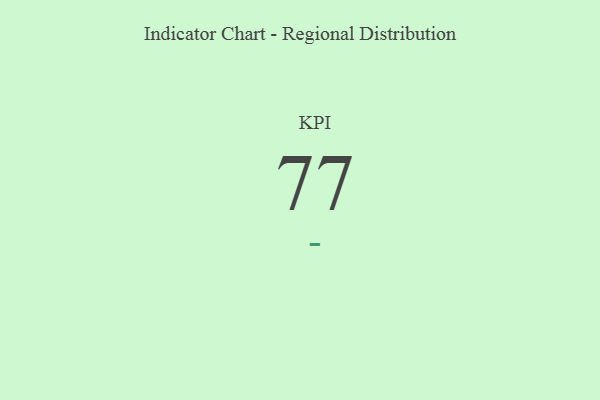
{"axis": {"x": "KPI", "y": "Value"}, "legend": [""], "data": [{"x": "KPI", "y": 77, "type": ""}]}